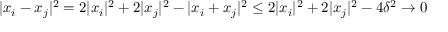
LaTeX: | x _ { i } - x _ { j } | ^ { 2 } = 2 | x _ { i } | ^ { 2 } + 2 | x _ { j } | ^ { 2 } - | x _ { i } + x _ { j } | ^ { 2 } \leq 2 | x _ { i } | ^ { 2 } + 2 | x _ { j } | ^ { 2 } - 4 \delta ^ { 2 } \to 0